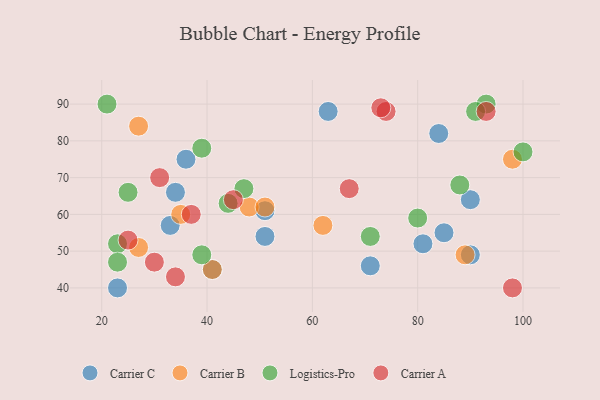
{"axis": {"x": "GDP", "y": "Life Expectancy"}, "legend": ["Carrier A", "Carrier B", "Carrier C", "Logistics-Pro"], "data": [{"x": "51", "y": 61, "type": "Carrier C"}, {"x": "84", "y": 82, "type": "Carrier C"}, {"x": "81", "y": 52, "type": "Carrier C"}, {"x": "23", "y": 40, "type": "Carrier C"}, {"x": "51", "y": 54, "type": "Carrier C"}, {"x": "33", "y": 57, "type": "Carrier C"}, {"x": "90", "y": 64, "type": "Carrier C"}, {"x": "36", "y": 75, "type": "Carrier C"}, {"x": "63", "y": 88, "type": "Carrier C"}, {"x": "34", "y": 66, "type": "Carrier C"}, {"x": "41", "y": 45, "type": "Carrier C"}, {"x": "85", "y": 55, "type": "Carrier C"}, {"x": "71", "y": 46, "type": "Carrier C"}, {"x": "90", "y": 49, "type": "Carrier C"}, {"x": "89", "y": 49, "type": "Carrier B"}, {"x": "98", "y": 75, "type": "Carrier B"}, {"x": "62", "y": 57, "type": "Carrier B"}, {"x": "27", "y": 84, "type": "Carrier B"}, {"x": "48", "y": 62, "type": "Carrier B"}, {"x": "51", "y": 62, "type": "Carrier B"}, {"x": "27", "y": 51, "type": "Carrier B"}, {"x": "35", "y": 60, "type": "Carrier B"}, {"x": "41", "y": 45, "type": "Carrier B"}, {"x": "93", "y": 90, "type": "Logistics-Pro"}, {"x": "21", "y": 90, "type": "Logistics-Pro"}, {"x": "47", "y": 67, "type": "Logistics-Pro"}, {"x": "39", "y": 49, "type": "Logistics-Pro"}, {"x": "100", "y": 77, "type": "Logistics-Pro"}, {"x": "25", "y": 66, "type": "Logistics-Pro"}, {"x": "23", "y": 52, "type": "Logistics-Pro"}, {"x": "44", "y": 63, "type": "Logistics-Pro"}, {"x": "91", "y": 88, "type": "Logistics-Pro"}, {"x": "23", "y": 47, "type": "Logistics-Pro"}, {"x": "80", "y": 59, "type": "Logistics-Pro"}, {"x": "88", "y": 68, "type": "Logistics-Pro"}, {"x": "71", "y": 54, "type": "Logistics-Pro"}, {"x": "39", "y": 78, "type": "Logistics-Pro"}, {"x": "30", "y": 47, "type": "Carrier A"}, {"x": "25", "y": 53, "type": "Carrier A"}, {"x": "74", "y": 88, "type": "Carrier A"}, {"x": "98", "y": 40, "type": "Carrier A"}, {"x": "67", "y": 67, "type": "Carrier A"}, {"x": "37", "y": 60, "type": "Carrier A"}, {"x": "45", "y": 64, "type": "Carrier A"}, {"x": "93", "y": 88, "type": "Carrier A"}, {"x": "31", "y": 70, "type": "Carrier A"}, {"x": "73", "y": 89, "type": "Carrier A"}, {"x": "34", "y": 43, "type": "Carrier A"}]}